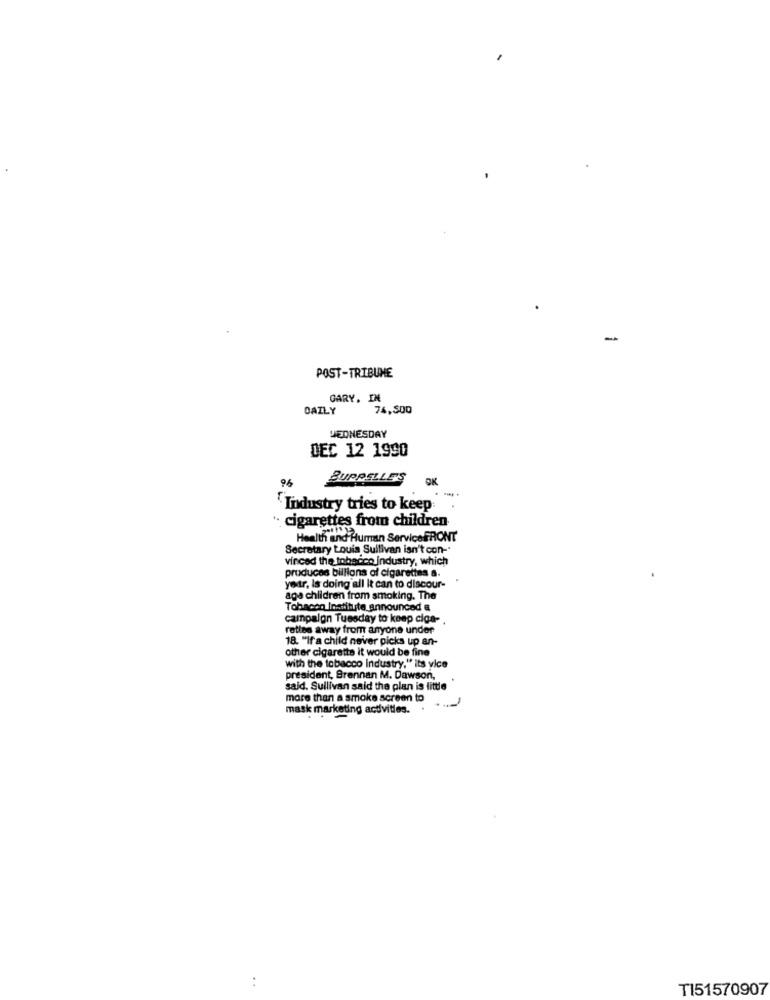
-
POST-TRIBUNE
GARY. IN
OAZLY
74,500
WEDNESDAY
DEC 12 1990
96
BUPRELLE'S
OK
`Tindustry tries to keep:
·· cigarettes from children
Health and Human ServiceFRONT
Secretary Louis Sullivan isn't con -*
vinced the tobacco Industry, which
produces billions of cigarettes a.
yer, Is doing all it can to discour-
age children from smoking. The
Tobacon Institute announced a
campalon Tuesday to keep ciga-
raties away from anyone under
18. "If a child never picks up an-
other cigarette it would be fine
with the tobacco Industry," its vice
president, Brennan M. Dawson,
said. Sullivan said the plan is little
more than a smoke screen to
mask marketing activities. .
T151570907